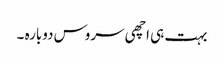
بہت ہی اچھی سروس دوبارہ ۔